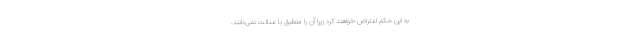
به این حکم اعتراض خواهند کرد زیرا آن را منطبق با عدالت نمی‌دانند.